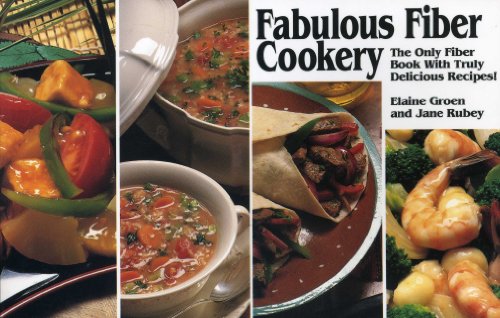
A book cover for Fabulous Fiber Cookery (Nitty Gritty Cookbooks); Elaine Groen; Health, Fitness & Dieting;